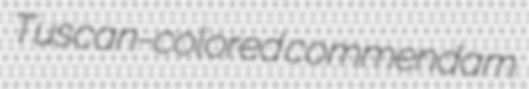
Tuscan-colored commendam